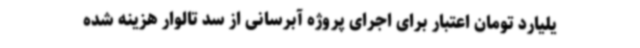
یلیارد تومان اعتبار برای اجرای پروژه آبرسانی از سد تالوار هزینه شده